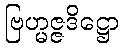
ဗြဟ္မဇ္ဇဒိဋ္ဌော